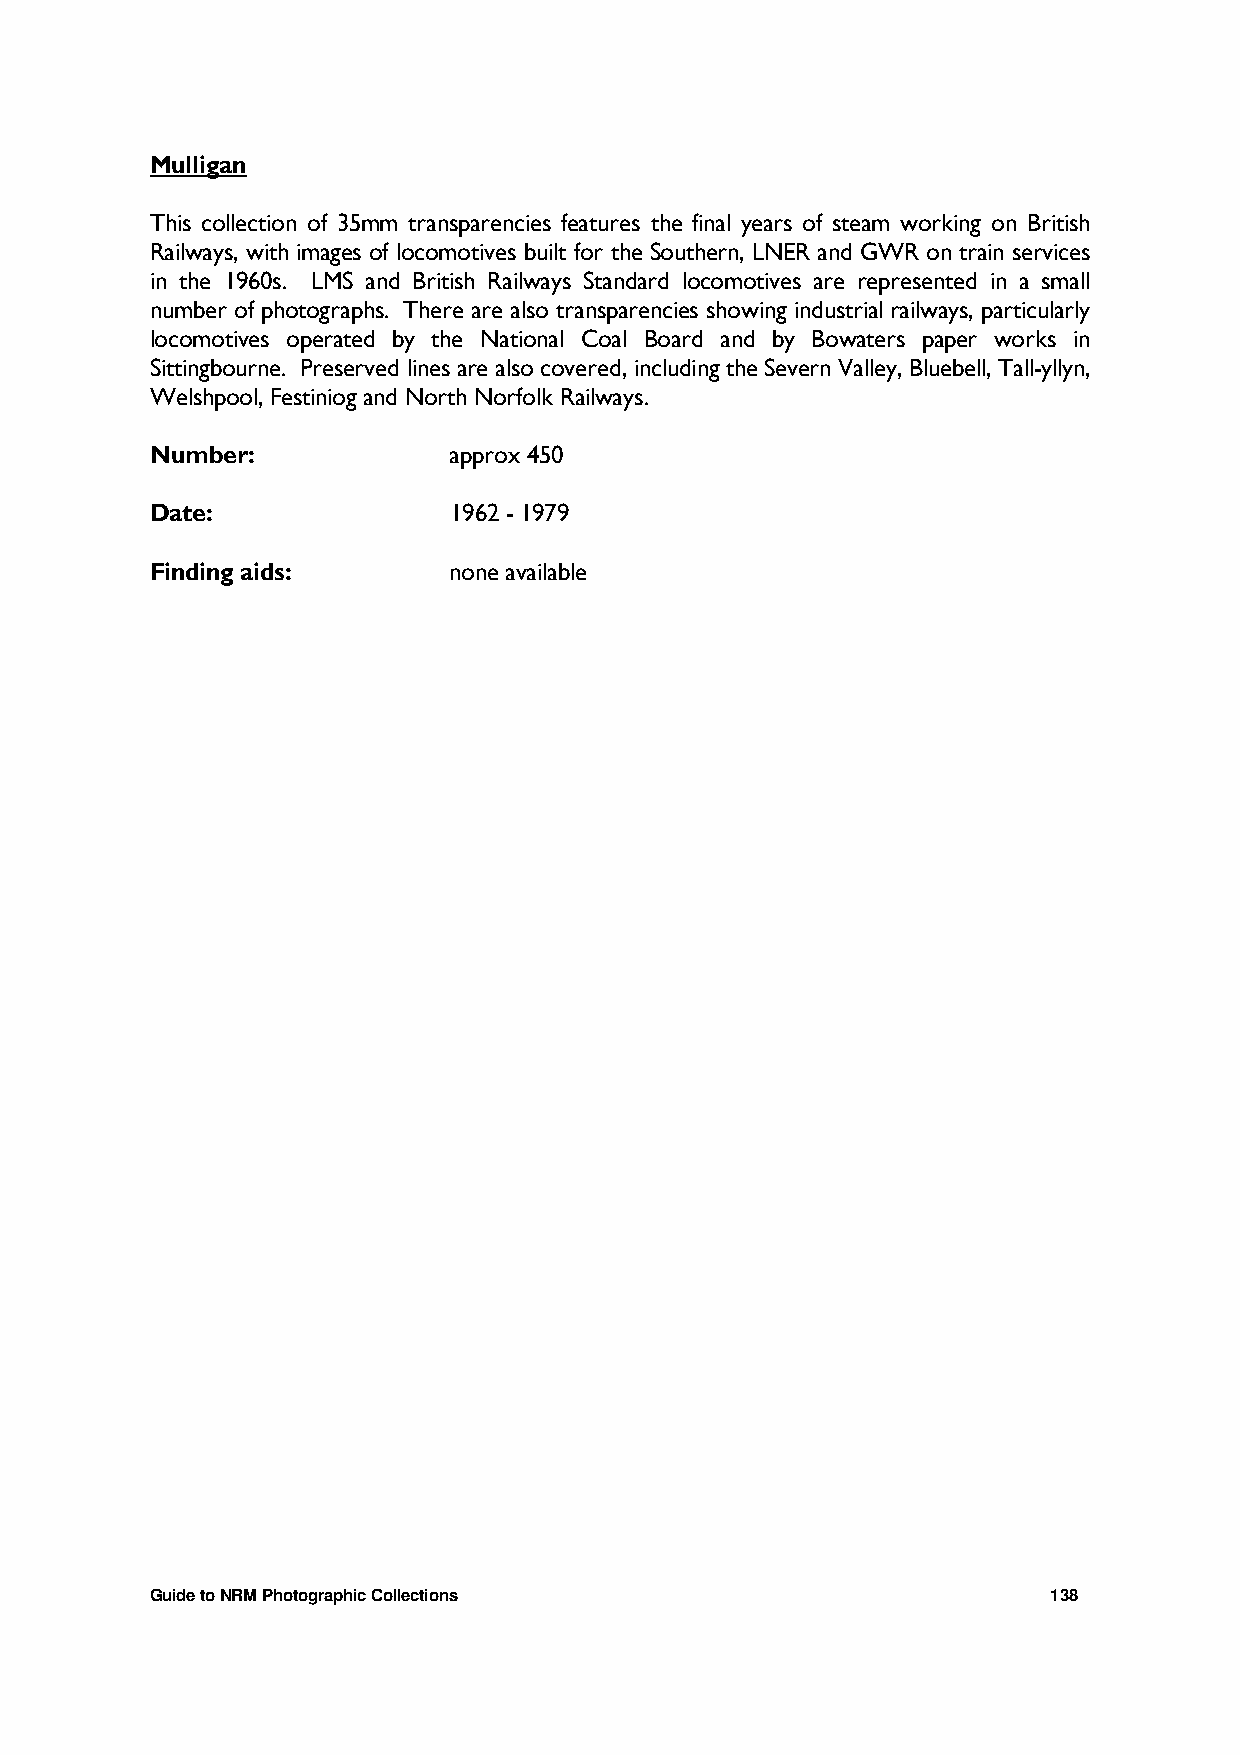
Mulligan
 This collection of 35mm transparencies features the final years of steam working on British
 Railways, with images of locomotives built for the Southern, LNER and GWR on train services
 in the 1960s. LMS and British Railways Standard locomotives are represented in a small
 number of photographs. There are also transparencies showing industrial railways, particularly
 locomotives operated by the National Coal Board and by Bowaters paper works in
 Sittingbourne. Preserved lines are also covered, including the Severn Valley, Bluebell, Tall-yllyn,
 Welshpool, Festiniog and North Norfolk Railways.
 Number:             approx 450
 Date:               1962 - 1979
 Finding aids:       none available
 Guide to NRM Photographic Collections                       138